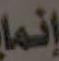
إنما